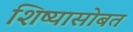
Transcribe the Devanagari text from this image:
शिष्यासोबत